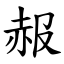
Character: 赧